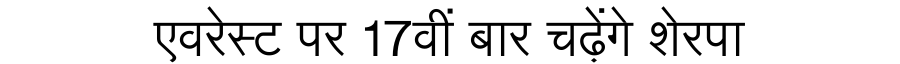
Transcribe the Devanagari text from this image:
एवरेस्ट पर 17वीं बार चढ़ेंगे शेरपा